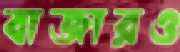
বাজারও